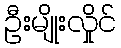
ဦးမျိုးလှိုင်